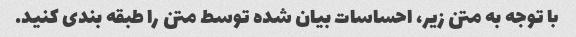
با توجه به متن زیر، احساسات بیان شده توسط متن را طبقه بندی کنید.